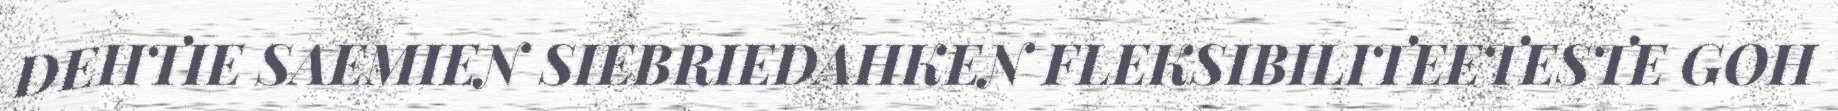
DEHTIE SAEMIEN SIEBRIEDAHKEN FLEKSIBILITEETESTE GOH